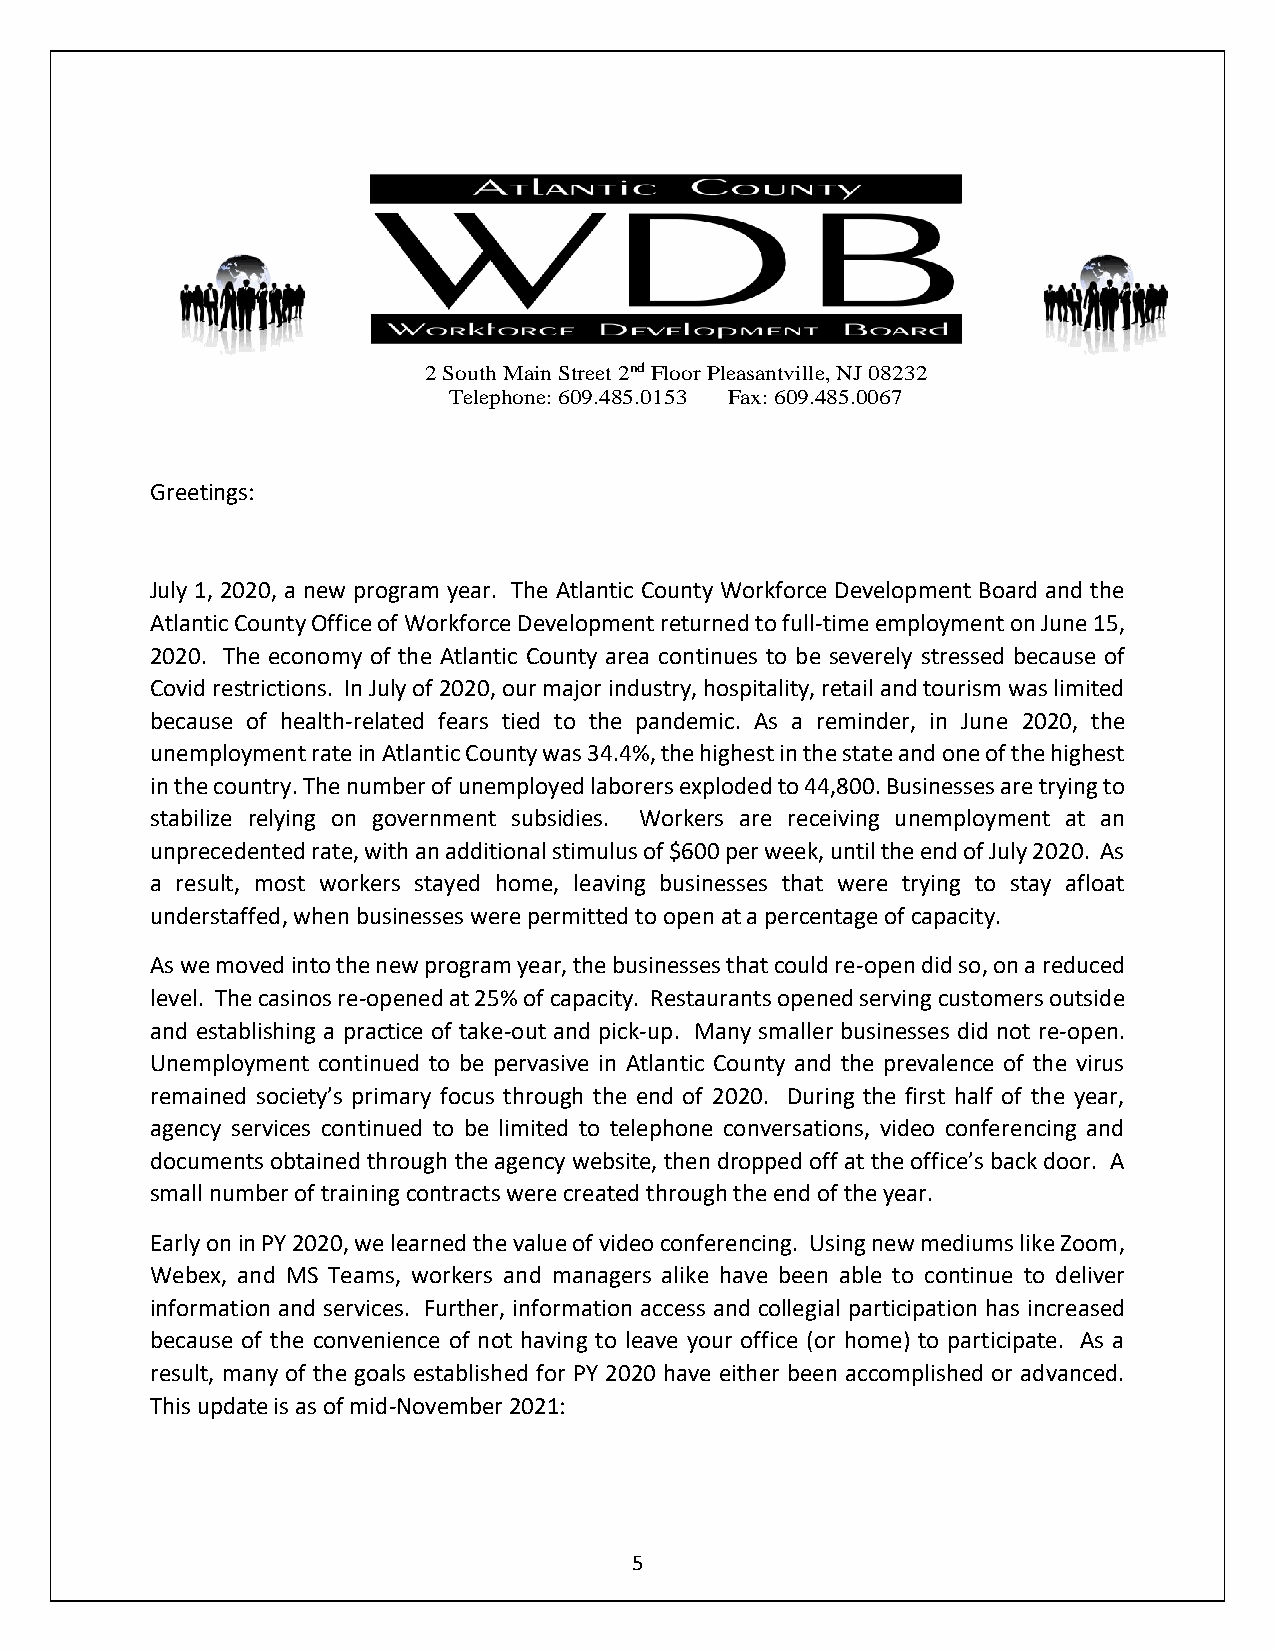
2 South Main Street 2nd Floor Pleasantville, NJ 08232
 Telephone: 609.485.0153 Fax: 609.485.0067
 Greetings:
 July 1, 2020, a new program year. The Atlantic County Workforce Development Board and the
 Atlantic County Office of Workforce Development returned to full-time employment on June 15,
 2020. The economy of the Atlantic County area continues to be severely stressed because of
 Covid restrictions. In July of 2020, our major industry, hospitality, retail and tourism was limited
 because of health-related fears tied to the pandemic. As a reminder, in June 2020, the
 unemployment rate in Atlantic County was 34.4%, the highest in the state and one of the highest
 in the country. The number of unemployed laborers exploded to 44,800. Businesses are trying to
 stabilize relying on government subsidies. Workers are receiving unemployment at an
 unprecedented rate, with an additional stimulus of $600 per week, until the end of July 2020. As
 a result, most workers stayed home, leaving businesses that were trying to stay afloat
 understaffed, when businesses were permitted to open at a percentage of capacity.
 As we moved into the new program year, the businesses that could re-open did so, on a reduced
 level. The casinos re-opened at 25% of capacity. Restaurants opened serving customers outside
 and establishing a practice of take-out and pick-up. Many smaller businesses did not re-open.
 Unemployment continued to be pervasive in Atlantic County and the prevalence of the virus
 remained society’s primary focus through the end of 2020. During the first half of the year,
 agency services continued to be limited to telephone conversations, video conferencing and
 documents obtained through the agency website, then dropped off at the office’s back door. A
 small number of training contracts were created through the end of the year.
 Early on in PY 2020, we learned the value of video conferencing. Using new mediums like Zoom,
 Webex, and MS Teams, workers and managers alike have been able to continue to deliver
 information and services. Further, information access and collegial participation has increased
 because of the convenience of not having to leave your office (or home) to participate. As a
 result, many of the goals established for PY 2020 have either been accomplished or advanced.
 This update is as of mid-November 2021:
 5